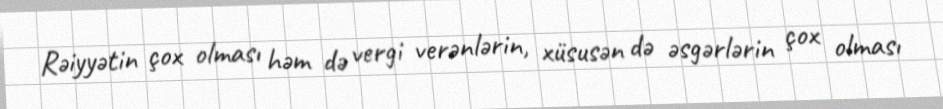
Rəiyyətin çox olması həm də vergi verənlərin, xüsusən də əsgərlərin çox olması